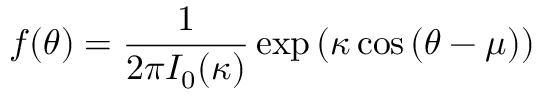
f ( \theta ) = { \frac { 1 } { 2 \pi I _ { 0 } ( \kappa ) } } \exp { ( \kappa \cos { ( \theta - \mu ) } ) }